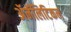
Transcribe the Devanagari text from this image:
ॲनॅलिटिकल